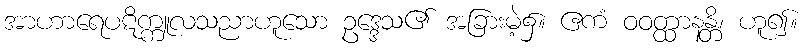
အာဟာရေပဋိက္ကူလသညာဟူသော ဥဒ္ဒေသ၏ အခြားမဲ့၌။ ဧကံ ဝဝတ္ထာနန္တိ၊ ဟူ၍။